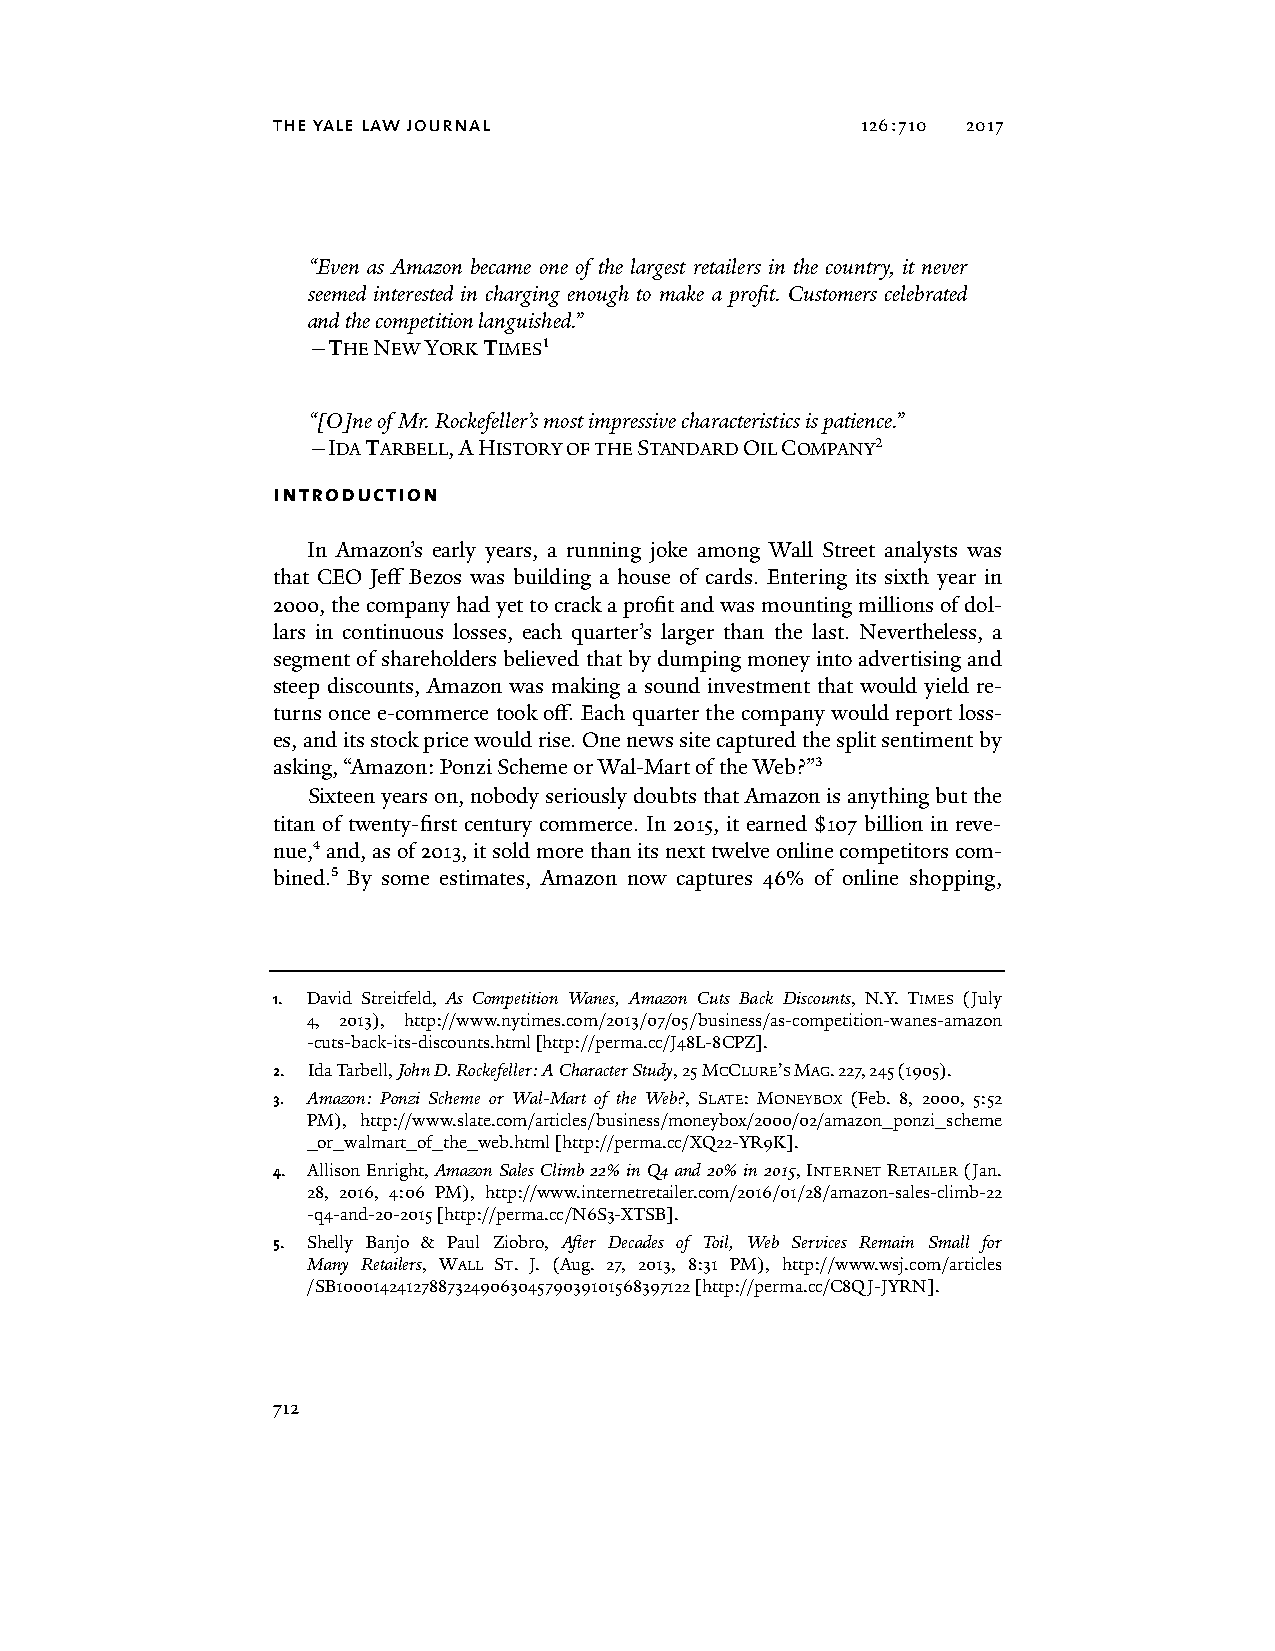
the yale law journal                   126:710 2017
 “Even as Amazon became one of the largest retailers in the country, it never
 seemed interested in charging enough to make a profit. Customers celebrated
 and the competition languished.”
 —THE NEW YORK TIMES1
 “[O]ne of Mr. Rockefeller’s most impressive characteristics is patience.”
 —IDA TARBELL, A HISTORY OF THE STANDARD OIL COMPANY2
 introduction
 In Amazon’s early years, a running joke among Wall Street analysts was
 that CEO Jeff Bezos was building a house of cards. Entering its sixth year in
 2000, the company had yet to crack a profit and was mounting millions of dol-
 lars in continuous losses, each quarter’s larger than the last. Nevertheless, a
 segment of shareholders believed that by dumping money into advertising and
 steep discounts, Amazon was making a sound investment that would yield re-
 turns once e-commerce took off. Each quarter the company would report loss-
 es, and its stock price would rise. One news site captured the split sentiment by
 asking, “Amazon: Ponzi Scheme or Wal-Mart of the Web?”3
 Sixteen years on, nobody seriously doubts that Amazon is anything but the
 titan of twenty-first century commerce. In 2015, it earned $107 billion in reve-
 nue,4 and, as of 2013, it sold more than its next twelve online competitors com-
 bined.5 By some estimates, Amazon now captures 46% of online shopping,
 1. David Streitfeld, As Competition Wanes, Amazon Cuts Back Discounts, N.Y. TIMES (July
 4, 2013), http://www.nytimes.com/2013/07/05/business/as-competition-wanes-amazon
 -cuts-back-its-discounts.html [http://perma.cc/J48L-8CPZ].
 2. Ida Tarbell, John D. Rockefeller: A Character Study, 25 MCCLURE’S MAG. 227, 245 (1905).
 3. Amazon: Ponzi Scheme or Wal-Mart of the Web?, SLATE: MONEYBOX (Feb. 8, 2000, 5:52
 PM), http://www.slate.com/articles/business/moneybox/2000/02/amazon_ponzi_scheme
 _or_walmart_of_the_web.html [http://perma.cc/XQ22-YR9K].
 4. Allison Enright, Amazon Sales Climb 22% in Q4 and 20% in 2015, INTERNET RETAILER (Jan.
 28, 2016, 4:06 PM), http://www.internetretailer.com/2016/01/28/amazon-sales-climb-22
 -q4-and-20-2015 [http://perma.cc/N6S3-XTSB].
 5. Shelly Banjo & Paul Ziobro, After Decades of Toil, Web Services Remain Small for
 Many Retailers, WALL ST. J. (Aug. 27, 2013, 8:31 PM), http://www.wsj.com/articles
 /SB10001424127887324906304579039101568397122 [http://perma.cc/C8QJ-JYRN].
 712